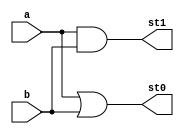
module pandgterms(a,b,st1,st0);

input a,b; 
output st1,st0; 
assign #1 st1=a&b; 
assign #1 st0=a|b; 

endmodule

module starop(cs1,cs0,ps1,ps0,o1,o0); 
input cs1,cs0,ps1,ps0; 
output o1,o0; 

assign #2 o1 = cs1 | (cs0 & ps1); 
assign #2 o0 = cs1 | (cs0 & ps0); 

endmodule

module bitXor(a,b,c,out); 
input a,b,c; 
output out; 

assign #6 out = a^b^c; 

endmodule

module CLA(X,Y,Co,S);
input [7:0]X,Y; 
output [7:0]S; 
output Co; 
wire [7:0]st1; 
wire [7:0]st0;

pandgterms a0(X[0],Y[0],st1[0],st0[0] );
pandgterms a1(X[1],Y[1],st1[1],st0[1] );
pandgterms a2(X[2],Y[2],st1[2],st0[2] );
pandgterms a3(X[3],Y[3],st1[3],st0[3] );
pandgterms a4(X[4],Y[4],st1[4],st0[4] );
pandgterms a5(X[5],Y[5],st1[5],st0[5] );
pandgterms a6(X[6],Y[6],st1[6],st0[6] );
pandgterms a7(X[7],Y[7],st1[7],st0[7] );

wire [7:0]l01; 
wire [7:0]l00; 

starop b0(st1[0],st0[0],1'b0,1'b0,l01[0],l00[0]);
starop b1(st1[1],st0[1],st1[0],st0[0],l01[1],l00[1]);
starop b2(st1[2],st0[2],st1[1],st0[1],l01[2],l00[2]);
starop b3(st1[3],st0[3],st1[2],st0[2],l01[3],l00[3]);
starop b4(st1[4],st0[4],st1[3],st0[3],l01[4],l00[4]);
starop b5(st1[5],st0[5],st1[4],st0[4],l01[5],l00[5]);
starop b6(st1[6],st0[6],st1[5],st0[5],l01[6],l00[6]);
starop b7(st1[7],st0[7],st1[6],st0[6],l01[7],l00[7]);


wire [7:0]l11; 
wire [7:0]l10;

assign l11[0] = l01[0]; 
assign l10[0] = l00[0]; 
starop c10(l01[1],l00[1],1'b0,1'b0,l11[1],l10[1]);
starop c11(l01[2],l00[2],l01[0],l00[0],l11[2],l10[2]);
starop c12(l01[3],l00[3],l01[1],l00[1],l11[3],l10[3]);
starop c13(l01[4],l00[4],l01[2],l00[2],l11[4],l10[4]);
starop c14(l01[5],l00[5],l01[3],l00[3],l11[5],l10[5]);
starop c15(l01[6],l00[6],l01[4],l00[4],l11[6],l10[6]);
starop c16(l01[7],l00[7],l01[5],l00[5],l11[7],l10[7]);

wire [7:0]l21; 
wire [7:0]l20;

assign l21[0] = l11[0]; 
assign l20[0] = l10[0]; 
assign l21[1] = l11[1]; 
assign l20[1] = l10[1]; 
assign l21[2] = l11[2]; 
assign l20[2] = l10[2]; 
starop c20(l11[3],l10[3],1'b0,1'b0,l21[3],l20[3]);
starop c21(l11[4],l10[4],l11[0],l10[0],l21[4],l20[4]);
starop c22(l11[5],l10[5],l11[1],l10[1],l21[5],l20[5]);
starop c23(l11[6],l10[6],l11[2],l10[2],l21[6],l20[6]);
starop c24(l11[7],l10[7],l11[3],l10[3],l21[7],l20[7]);

wire [7:0]l31; 
wire [7:0]l30;

assign l31[0] = l21[0]; 
assign l30[0] = l20[0]; 
assign l31[1] = l21[1]; 
assign l30[1] = l20[1]; 
assign l31[2] = l21[2]; 
assign l30[2] = l20[2]; 
assign l31[3] = l21[3]; 
assign l30[3] = l20[3]; 
assign l31[4] = l21[4]; 
assign l30[4] = l20[4]; 
assign l31[5] = l21[5]; 
assign l30[5] = l20[5]; 
assign l31[6] = l21[6]; 
assign l30[6] = l20[6]; 
starop c30(l21[7],l20[7],1'b0,1'b0,l31[7],l30[7]);

bitXor x0( X[0], Y[0], 1'b0, S[0] );
bitXor x1( X[1], Y[1], l31[0], S[1] );
bitXor x2( X[2], Y[2], l31[1], S[2] );
bitXor x3( X[3], Y[3], l31[2], S[3] );
bitXor x4( X[4], Y[4], l31[3], S[4] );
bitXor x5( X[5], Y[5], l31[4], S[5] );
bitXor x6( X[6], Y[6], l31[5], S[6] );
bitXor x7( X[7], Y[7], l31[6], S[7] );
assign Co = l31[7];

endmodule